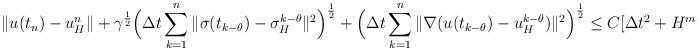
LaTeX: \begin{align*}\|u(t_n)-u_H^{n}\|+\gamma^{\frac12}\Big{(}\Delta t\sum_{k=1}^n\|\sigma(t_{k-\theta})-\sigma_H^{k-\theta}\|^2\Big{)}^{\frac12}+\Big{(}\Delta t\sum_{k=1}^n\|\nabla (u(t_{k-\theta})-u_{H}^{k-\theta})\|^2\Big{)}^{\frac12}\leq C[\Delta t^2+H^{m+1}],\end{align*}